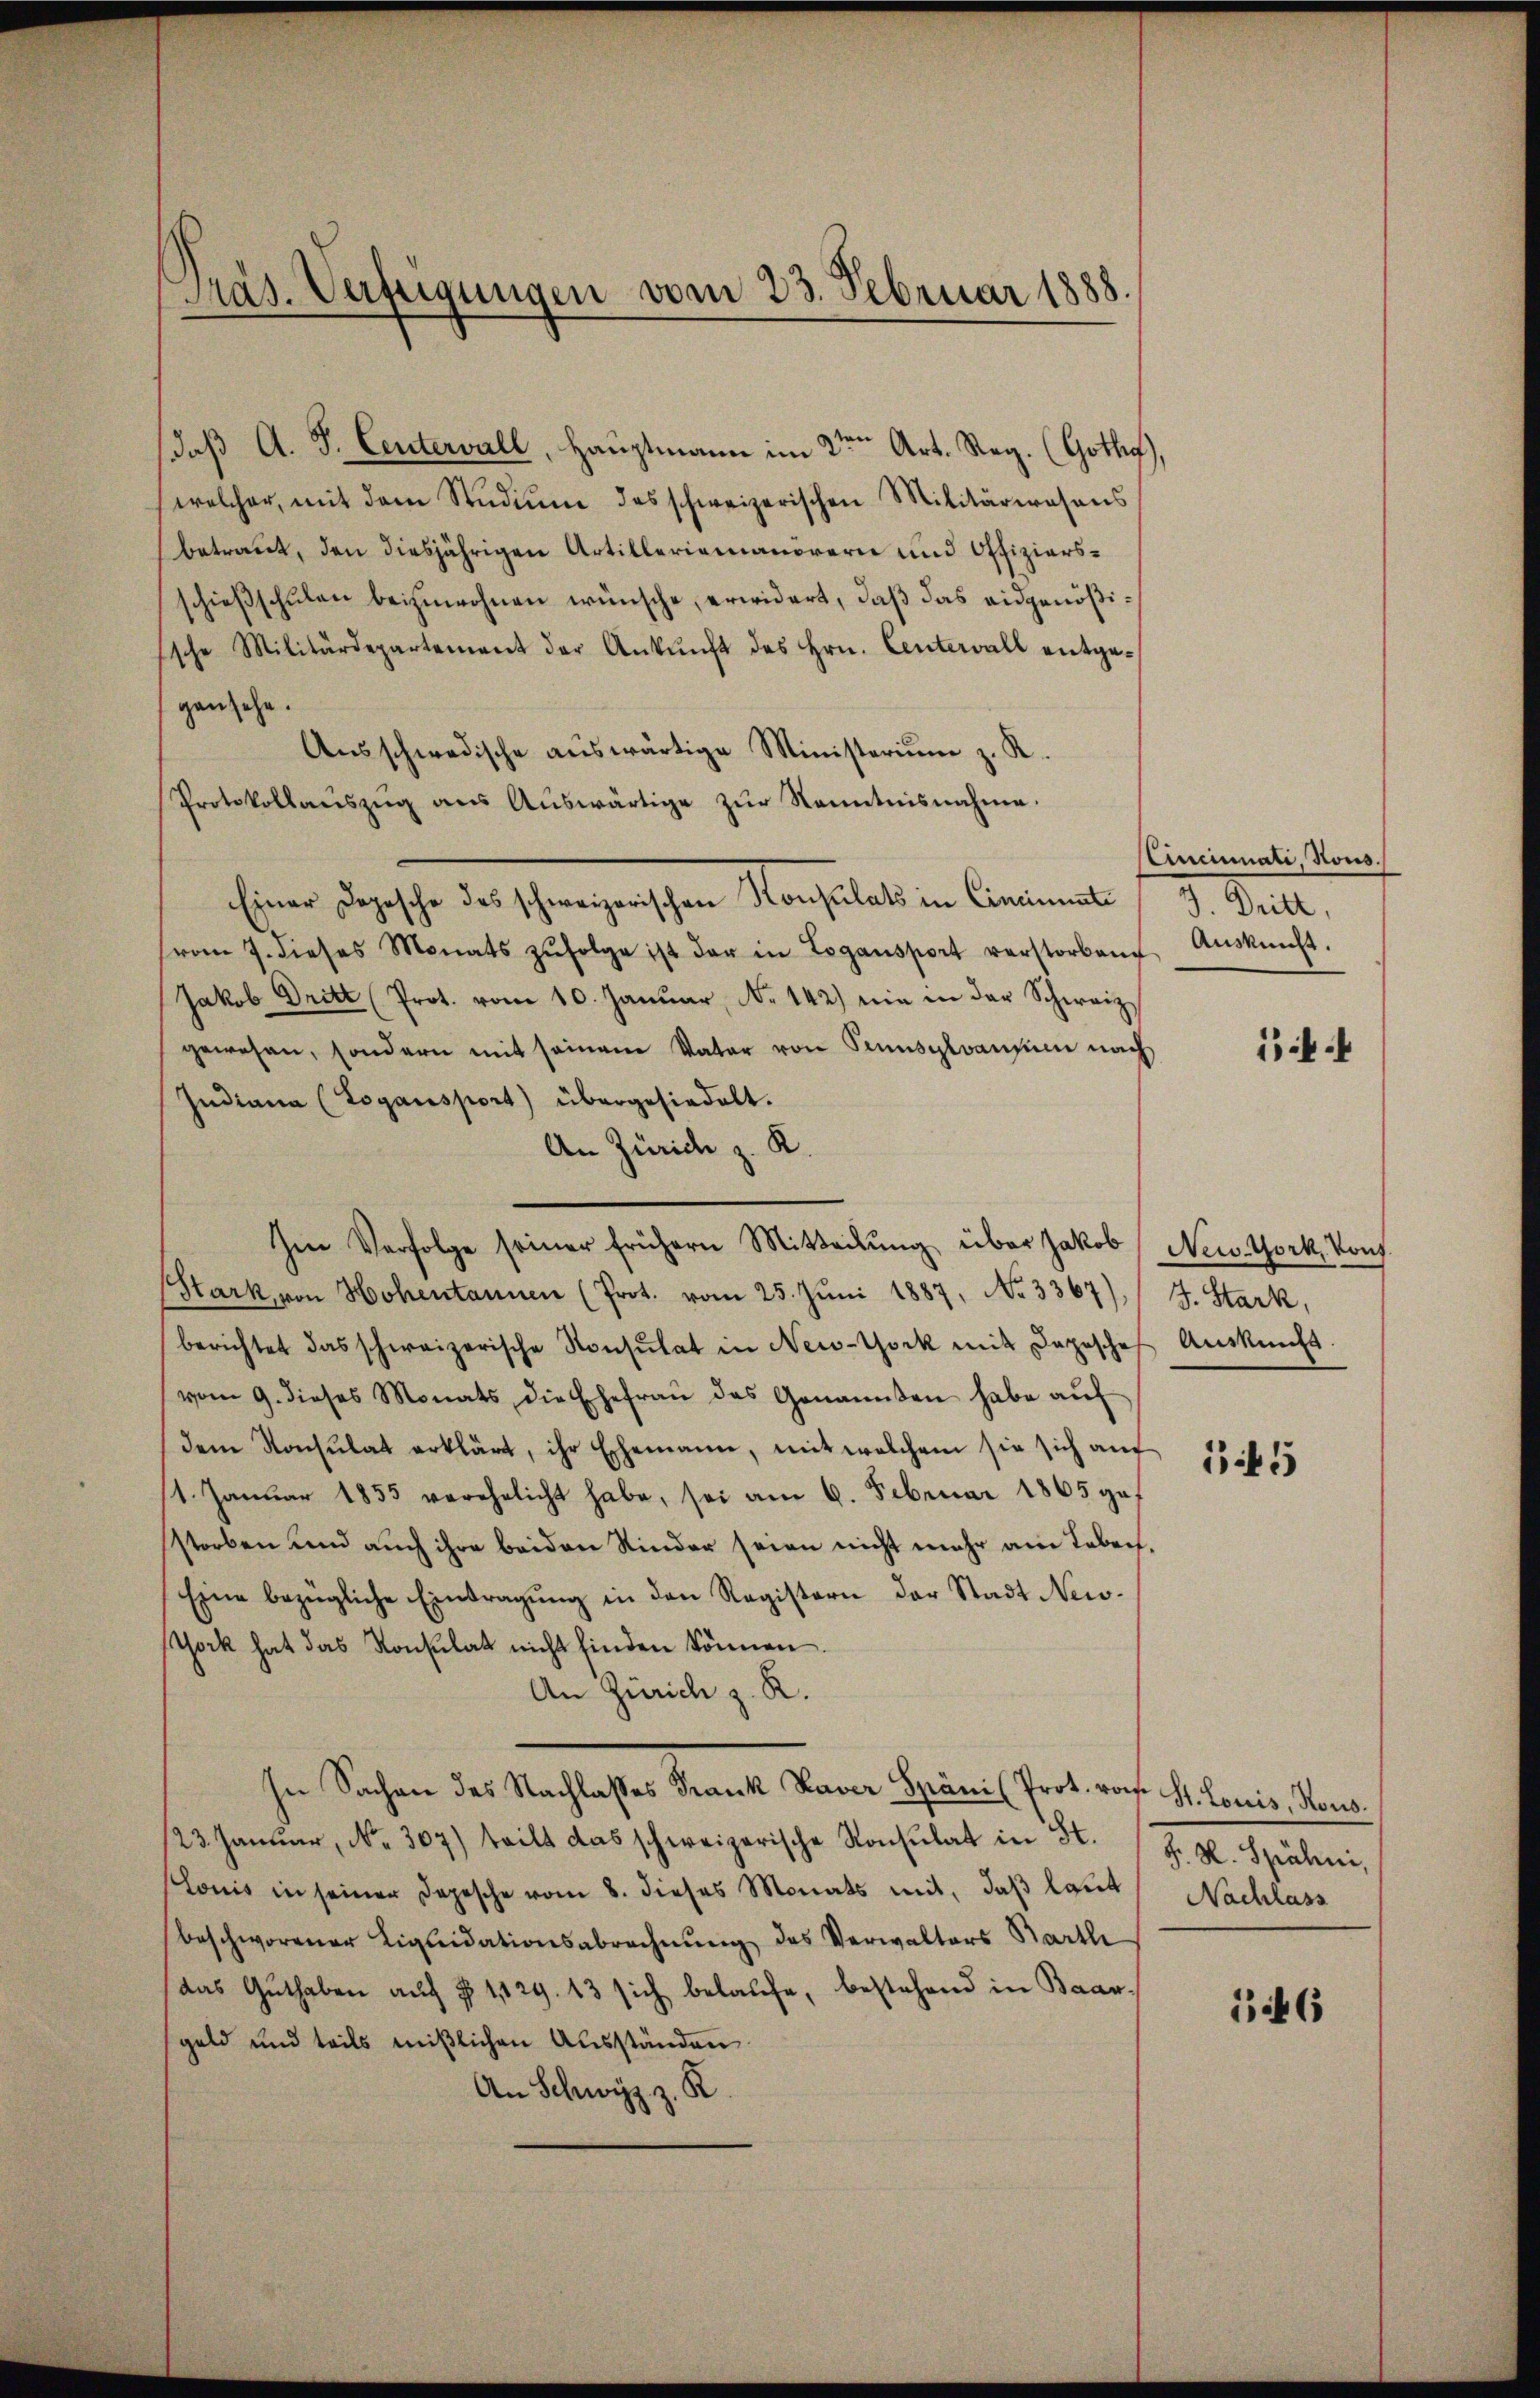
Präs. Verfeigungen vom 23. Februar 188

daß A. S. Centervall, Hauptmann im 2ten Art. Reg. (Gothe
welcher, mit dem Stŭdiŭm das schweizerischen Militärwesens
betraut, den diesjährigen Artilleriamanörern und Offiziersschießschulen beizuwohnen wünsche, erwidert, daß das eidgenößische Militärdepartement der Ankŭnft des Hrn. Centerall entgegansehe.
Ausschwedische auswärtige Ministerium z. R.
Protokollaŭszŭg aŭs Aŭswärtige zŭr Kenntnisnahme.
Einer Depesche des schweizerischen Konsulats in Concionale
vom 7. dieses Monats zŭfolge ist der in Logansport verstorben Aŭskŭnft.
Jakob Dritt (Prot. vom 10. Janŭar, No 142) wie in der Schweiz
gewesen, sondern mit seinem Vater von Pennsylvansum nach
Indiana (Logansport) übergesiedelt.
An Zürich z. K.
(Stark von Hohentannen (Prot. vom 25. Jŭni 1887, No 3367), (J. Stark,
berichtet das schweizerische Konsulat in New-York mit Depesche Auskunft
vom 9. dieses Monats die Ehefraŭ des Genannten habe aŭf
dem Konsulat erklärt, ihr Eschemann, mit welchem sie sich auf
1. Januar 1855 verehelicht habe, sei am 6. Februar 1865 gef
storben und auch ihre beiden Kinder seien nicht mehr am Leben
Eine bezügliche Eintragŭng in den Registern der Stadt New-
Tock hat das Konsulat nicht finden können.
An Zürich z. R.
In Sachen des Nachlasses Frank Xaver Späni (Prot. vom St. Loris, Kons.
23. Januar, No. 307) teilt das schweizerische Konsulat in St.
lonis in seiner Depesche vom 8. dieses Monats mit, daβ laut Nachlass
beschworener Liquidationsabrechnŭng des Verwalters Bartli
das Guthaben auf § 1129. 13 sich belaufe, bestehend in Baargeld und teils mißlichen Aŭsständen
An Schwyz z. R.

Im Verfolge seiner frühern Mitteilŭng über Jakob New-York, Konf

)

Cincinati, Rous.
J. Dritt,

545

f

H. H. Spähni,

146